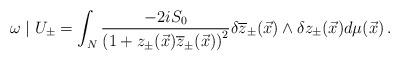
LaTeX: \begin{align*}\omega\mid U_{\pm}=\int_N\frac{-2 i S_{0}}{\left(1+z_{\pm}(\vec{x})\overline{z}_{\pm}(\vec{x})\right)^2}\delta \overline{z}_{\pm}(\vec{x})\wedge \delta z_{\pm}(\vec{x})d\mu(\vec{x})\,.\end{align*}